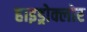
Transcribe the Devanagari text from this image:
हाइड्रोक्लोर